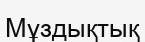
Мұздықтық